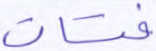
فتات